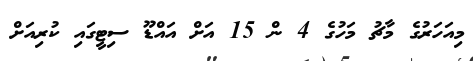
މިއަހަރުގެ މާޗު މަހުގެ 4 ން 15 އަށް އައްޑޫ ސިޓީގައި ކުރިއަށް